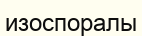
изоспоралы